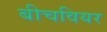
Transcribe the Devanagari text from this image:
बीचवियर